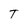
Character: T